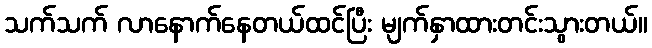
သက်သက် လာနောက်နေတယ်ထင်ပြီး မျက်နှာထားတင်းသွားတယ်။